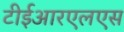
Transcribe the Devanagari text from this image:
टीईआरएलएस